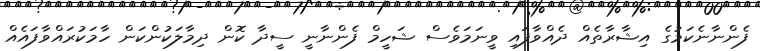
ފެންނާނެކަމުގެ އިޝާރާތެއް ދެއްވާފައި ވީނަމަވެސް ޝަހީމް ފެންނާނީ ސީދާ ކޮން ދިމާލަކުންކަން ހާމަކުރައްވާފައެއް